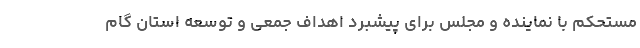
مستحکم با نماینده و مجلس برای پیشبرد اهداف جمعی و توسعه استان گام